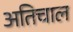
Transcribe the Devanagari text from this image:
अतिचाल